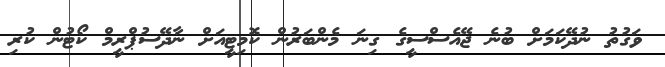
ވަގުތު ނުދޭކަމަށް ބުނެ ޖޭއެސްސީގެ ގިނަ މެންބަރުން ކޮމިޓީއަށް ނާދޭސުޕްރީމް ކޯޓުން ކުރި